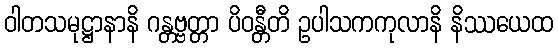
ဝါတသမုဋ္ဌာနာနိ ဂန္တဗ္ဗတ္တာ ပိဝန္တီတိ ဥပါသကကုလာနိ နိဿယေထ